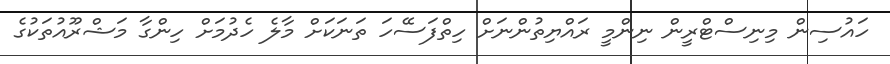
ހައުސިން މިނިސްޓްރީން ނިންމީ ރައްޔިތުންނަށް ހިތްފަސޭހަ ތަނަކަށް މާލެ ހެދުމަށް ހިންގާ މަޝްރޫއުތަކުގެ